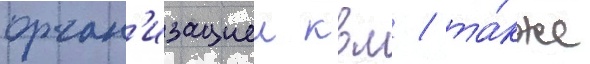
орган'изациеи квм / та́кже